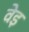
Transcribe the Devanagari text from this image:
वेइ